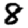
Digit: 8